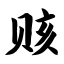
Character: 赅